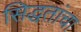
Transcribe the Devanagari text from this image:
सिद्धतांचा